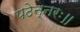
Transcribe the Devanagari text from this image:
पठेन्नरः॥